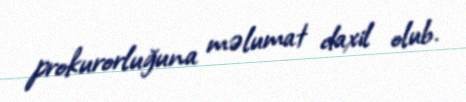
prokurorluğuna məlumat daxil olub.